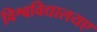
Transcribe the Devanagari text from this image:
विश्वविद्यालयए